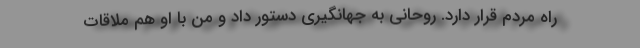
راه مردم قرار دارد. روحانی به جهانگیری دستور داد و من با او هم ملاقات